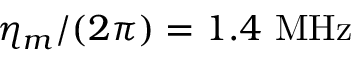
\eta _ { m } / ( 2 \pi ) = 1 . 4 ~ \mathrm { M H z }